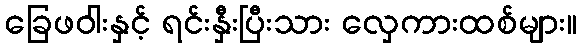
ခြေဖဝါးနှင့် ရင်းနှီးပြီးသား လှေကားထစ်များ။